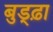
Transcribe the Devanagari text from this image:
बुड्ढ़ा